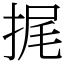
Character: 捤